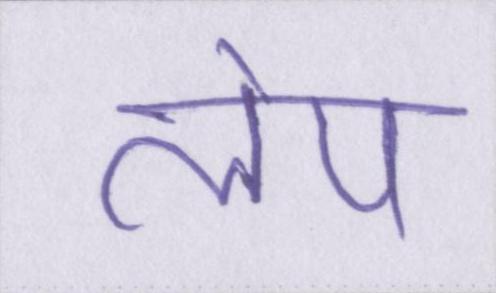
लेप